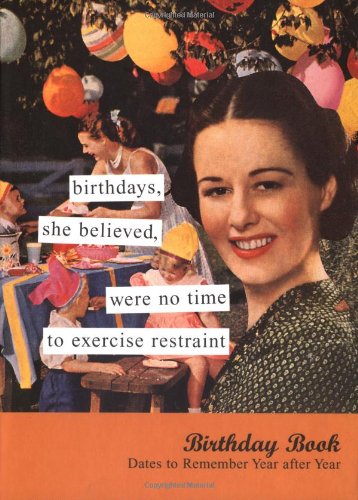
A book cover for Birthdays, She Believed Birthday Book: Dates to Remember Year After Year (Anne Taintor); Anne Taintor; Travel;